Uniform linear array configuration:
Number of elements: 16
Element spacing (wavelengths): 0.75
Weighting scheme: binomial
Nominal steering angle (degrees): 30
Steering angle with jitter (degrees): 28.034
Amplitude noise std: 0.05
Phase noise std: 0.05

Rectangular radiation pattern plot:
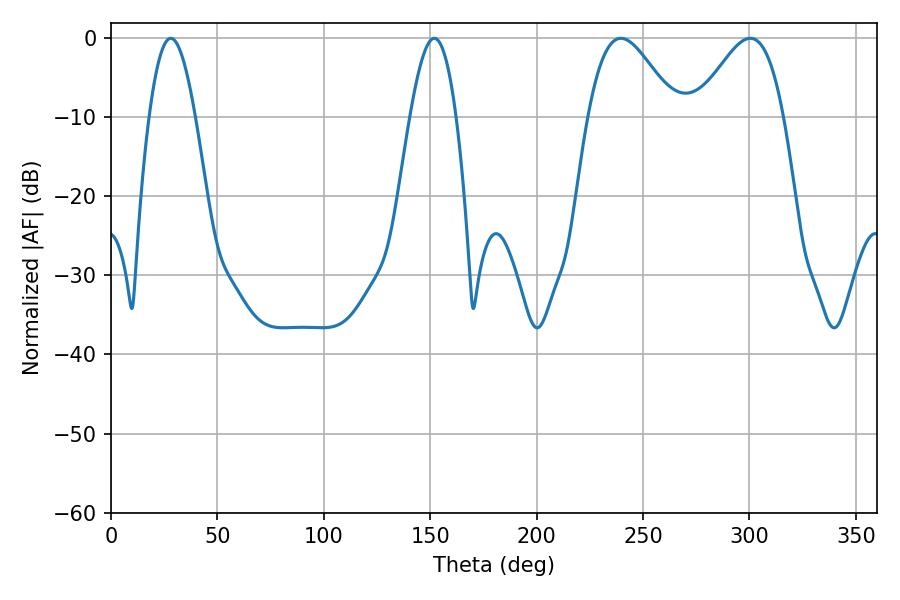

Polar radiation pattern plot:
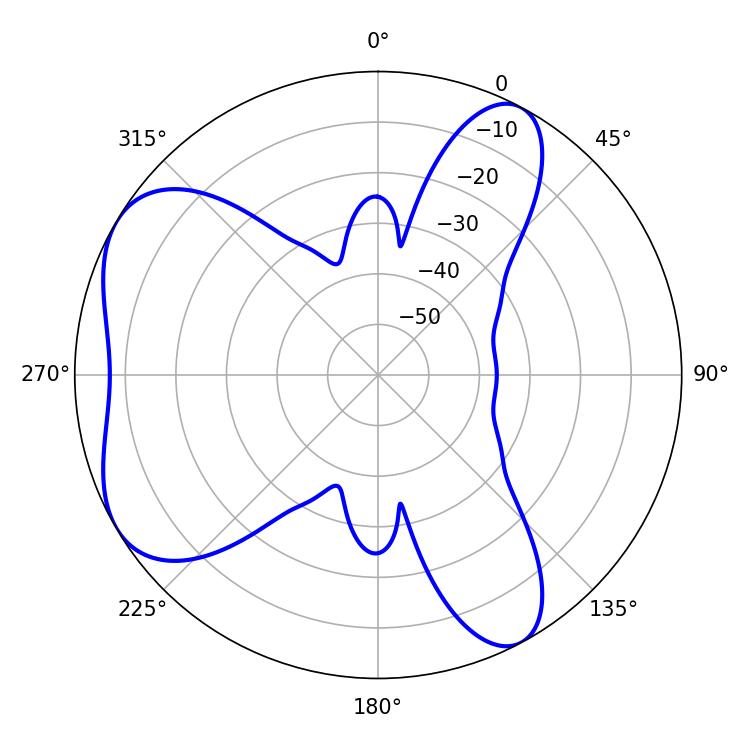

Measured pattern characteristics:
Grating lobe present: TRUE
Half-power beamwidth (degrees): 11.88
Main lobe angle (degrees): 28.08